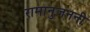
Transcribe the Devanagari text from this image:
रामानुजननी